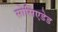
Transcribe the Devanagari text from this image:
सोसिएडेड